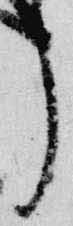
了